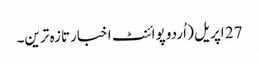
27 اپریل ( اُردو پوائنٹ اخبارتازہ ترین۔